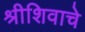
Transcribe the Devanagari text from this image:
श्रीशिवाचे